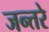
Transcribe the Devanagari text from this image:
जन्तरे